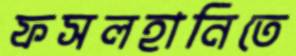
ফসলহানিতে